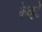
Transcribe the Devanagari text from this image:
केव्हढे